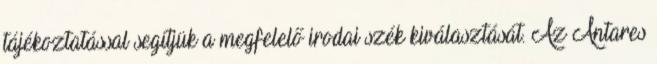
tájékoztatással segítjük a megfelelő irodai szék kiválasztását. Az Antares